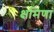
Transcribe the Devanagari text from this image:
क्षमिणां